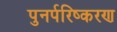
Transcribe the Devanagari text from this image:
पुनर्परिष्करण